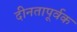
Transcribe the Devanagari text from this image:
दीनतापूर्वक